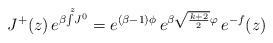
LaTeX: \begin{align*} J^+(z)\,e^{\beta\!\int\limits^{\;z}\! J^0}= e^{(\beta-1)\phi}\,e^{\beta\sqrt{\frac{k+2}{2}}\varphi}\,e^{-f}(z)\end{align*}